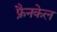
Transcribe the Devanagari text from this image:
फ्रैनकेल